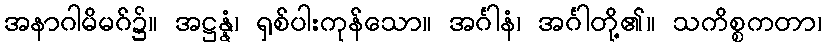
အနာဂါမိမဂ်၌။ အဋ္ဌန္နံ၊ ရှစ်ပါးကုန်သော။ အင်္ဂါနံ၊ အင်္ဂါတို့၏။ သကိစ္စကတာ၊